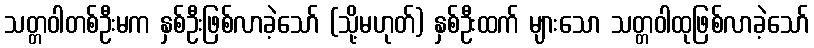
သတ္တဝါတစ်ဦးမက နှစ်ဦးဖြစ်လာခဲ့သော် (သို့မဟုတ်) နှစ်ဦးထက် များသော သတ္တဝါထုဖြစ်လာခဲ့သော်